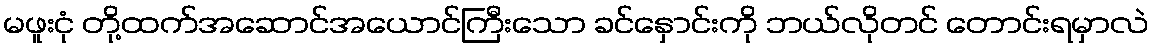
မဖူးငုံ တို့ထက်အဆောင်အယောင်ကြီးသော ခင်နှောင်းကို ဘယ်လိုတင် တောင်းရမှာလဲ